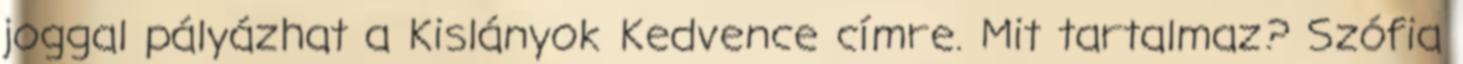
joggal pályázhat a Kislányok Kedvence címre. Mit tartalmaz? Szófia